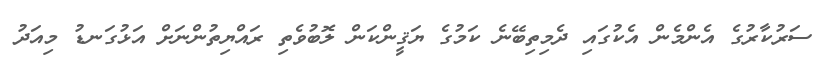
ސަރުކާރުގެ އެންމެން އެކުގައި ދެމިތިބޭނެ ކަމުގެ ޔަޤީންކަން ލޮބުވެތި ރައްޔިތުންނަށް އަޅުގަނޑު މިއަދު